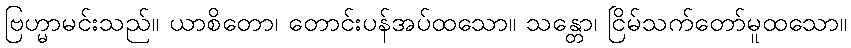
ဗြဟ္မာမင်းသည်။ ယာစိတော၊ တောင်းပန်အပ်ထသော။ သန္တော၊ ငြိမ်သက်တော်မူထသော။